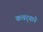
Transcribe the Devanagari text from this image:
कचर्‍याने